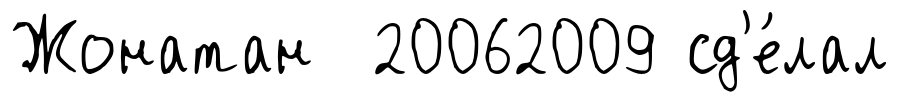
Жонатан 20062009 сд'е́лал